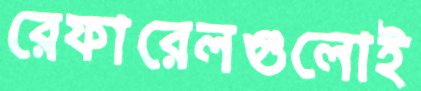
রেফারেলগুলোই